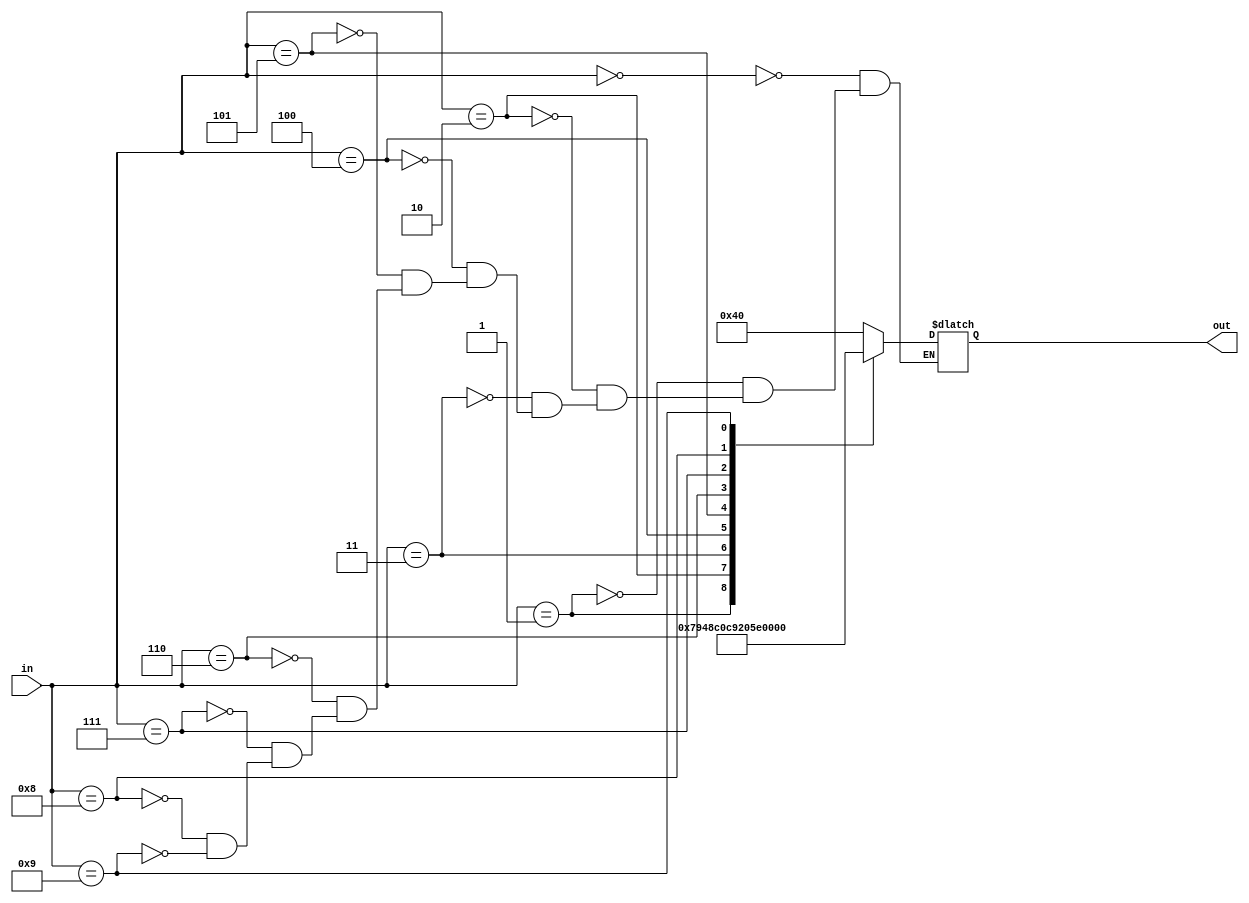
`timescale 1ns / 1ps
//////////////////////////////////////////////////////////////////////////////////
// Company: 
// Engineer: 
// 
// Design Name: 
// Module Name: BCD4
// Project Name: 
// Target Devices: 
// Tool Versions: 
// Description: 
// 
// Dependencies: 
// 
// Revision:
// Revision 0.01 - File Created
// Additional Comments:
// 
//////////////////////////////////////////////////////////////////////////////////


module BCD4 (input[3:0] in, output reg [6:0] out);
       always @(in) begin 
               case(in)  
                       4'b0000: out= 7'b1000000;
                       4'b0001: out= 7'b1111001;
                       4'b0010: out= 7'b0100100;
                       4'b0011: out= 7'b0110000;
                       4'b0100: out= 7'b0011001;
                       4'b0101: out= 7'b0010010;
                       4'b0110: out= 7'b0000010;
                       4'b0111: out= 7'b1111000;
                       4'b1000: out= 7'b0000000;
                       4'b1001: out= 7'b0010000;
//                       4'b1010: out= 7'b0111111;
//                       4'b1011: out= 7'b1111111;


               endcase 
       end
endmodule